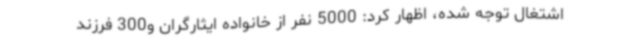
اشتغال توجه شده، اظهار کرد: 5000 نفر از خانواده ایثارگران و300 فرزند